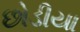
છોડીયા